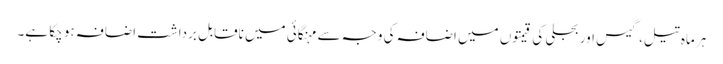
ہر ماہ تیل، گیس اور بجلی کی قیمتوں میں اضافہ کی وجہ سے مہنگائی میں ناقابلِ برداشت اضافہ ہو چکا ہے۔